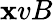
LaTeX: \mathbf{x}vB